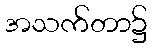
အသက်တာ၌